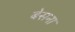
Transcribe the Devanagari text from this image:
बेसना